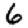
Digit: 6